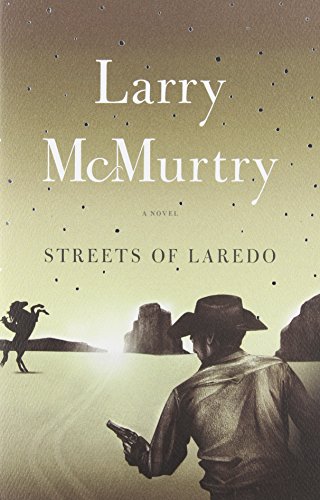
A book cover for Streets Of Laredo : A Novel; Larry McMurtry; Literature & Fiction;